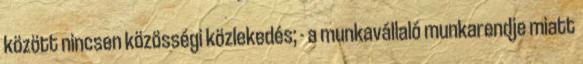
között nincsen közösségi közlekedés; - a munkavállaló munkarendje miatt